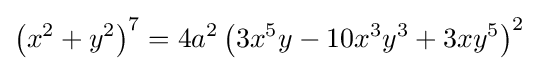
\left(x^{2}+y^{2}\right)^{7}=4a^{2}\left(3x^{5}y-10x^{3}y^{3}+3xy^{5}\right)^{2}